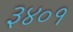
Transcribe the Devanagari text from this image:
३४०१